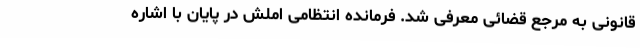
قانونی به مرجع قضائی معرفی شد. فرمانده انتظامی املش در پایان با اشاره